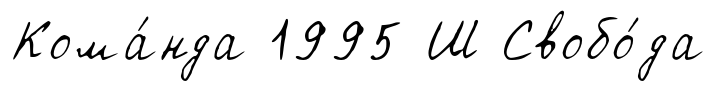
Кома́нда 1995 Ш Свобо́да